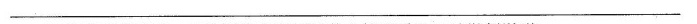
____________________